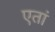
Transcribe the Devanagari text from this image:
एतां